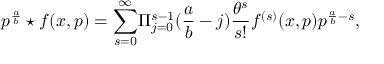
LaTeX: { p ^ { \frac { a } { b } } \star f ( x , p ) } = { \sum _ { s = 0 } ^ { \infty } } { \Pi _ { j = 0 } ^ { s - 1 } } ( { \frac { a } { b } } - j ) { \frac { \theta ^ { s } } { s ! } } f ^ { ( s ) } ( x , p ) p ^ { \frac { a } { b } - s } ,